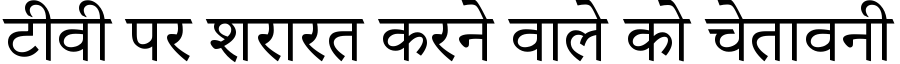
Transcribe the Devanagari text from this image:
टीवी पर शरारत करने वाले को चेतावनी